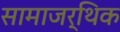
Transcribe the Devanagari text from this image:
सामाजर्थिक